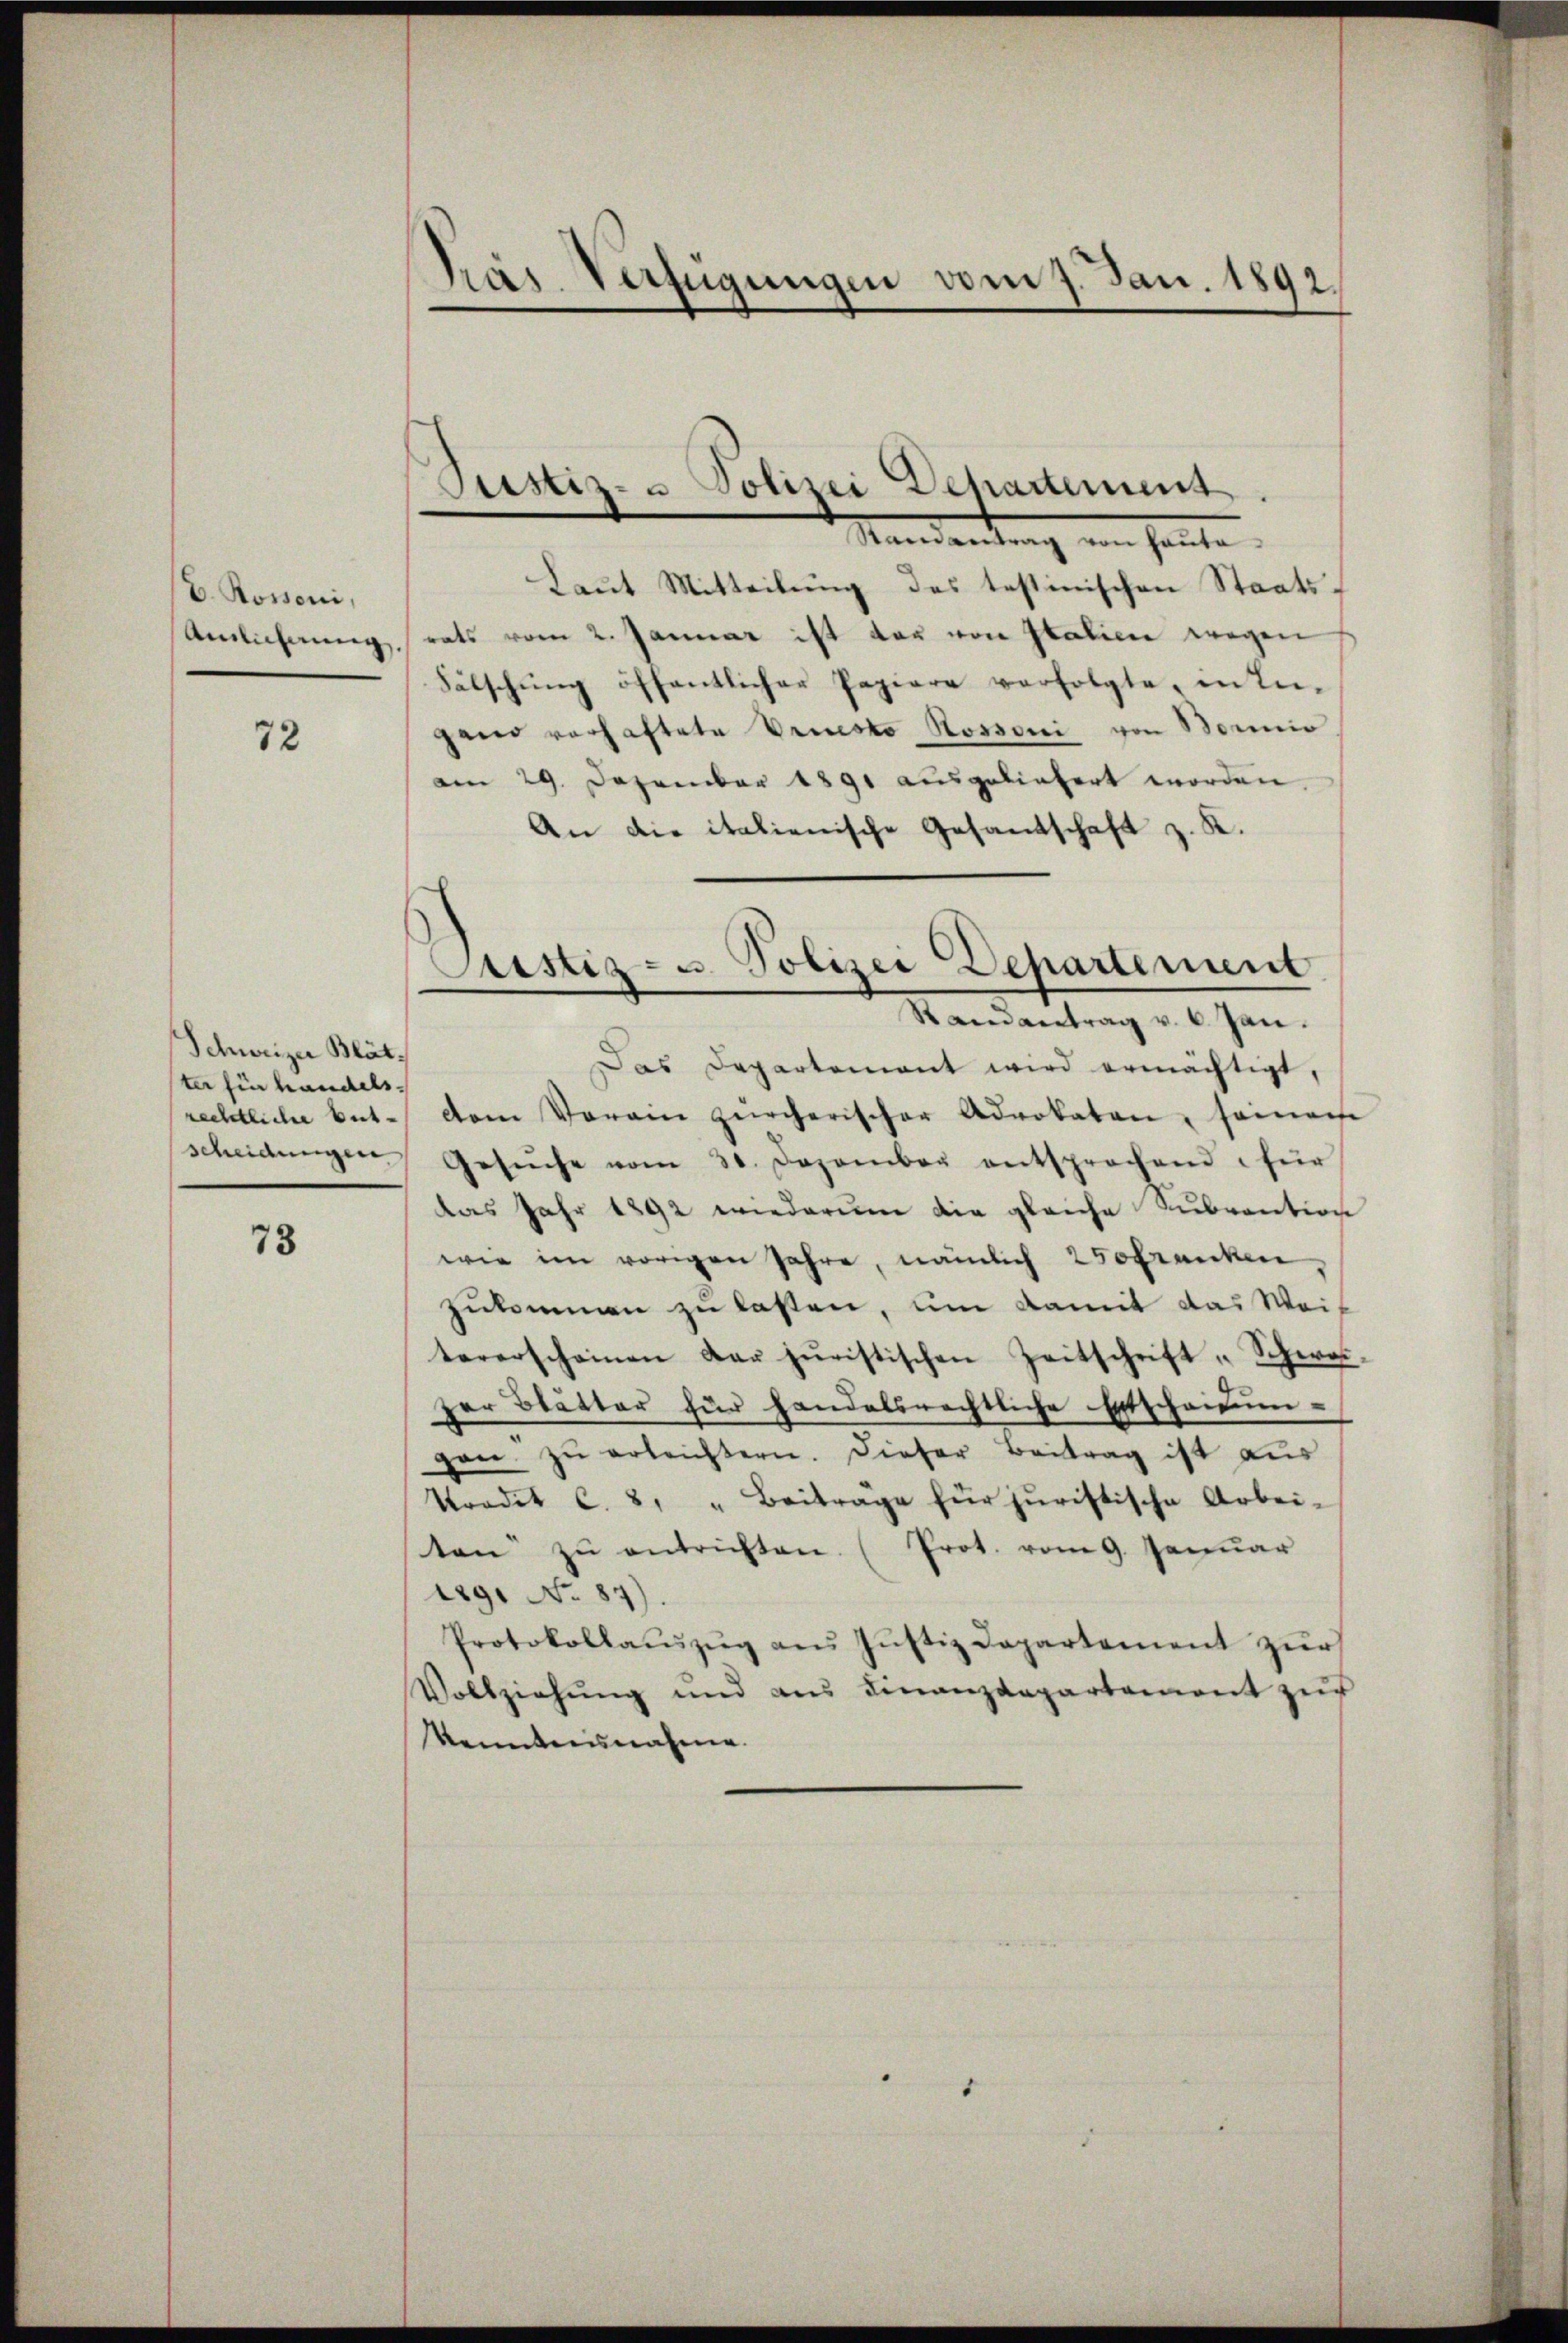
E. Rossoni,
Anlicherung

72

Schweizer Blät
ter für handels.
scheidungen.

73

Präs. Verfügungen vom 7. Jan. 1892

Pustiz- u Polizei Departement.

Mandendung von heute.
Laut Mitteilung des testinischen Staatssrats vom 2. Januar ist der von Italien wegen
Fälschŭng öffentlicher Papiere verfolgte, in In-
gand verhaftete Vriesto Rossoni von Borio
am 29. Dezember 1891 ausgeliefert worden
An die italienische Gesandschaft z. K.
Das Departement wird ermächtigt,
rechtliche bet. vom Vorain zürcherischer Advokaten, seinach
Gesŭche vom 30. Dezember entsprochend für
das Jahr 1892 wiederum die gleiche Subvention
wie im vorigen Jahre, nämlich 250 Franken,
zukommen zu lassen, um damit das Weis
tererscheinen der juristischen Zeitschrift „Schwei-
zer Blätter für handelsrechtliche Erschaimun-
gane zŭ erleichtern. Dieser Beitrag ist aus
Tradit c. 8, " Beiträge für juristische Arbei-
ten zŭ entrichten. (Prot. vom 9. Januar
29. No 87).
Protokollaŭszŭg aŭs Justiz Dapartement zur
Vollziehung und aus Finanzdepartement zŭr
kenntnisnahme.

Justiz- u. Polizei Departement
Randantrag v. 6. Jan.